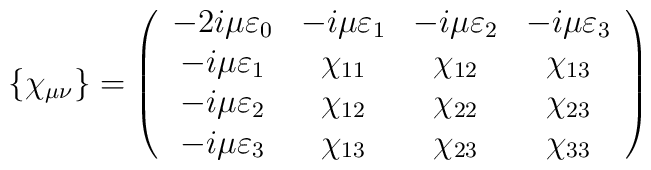
\{ \chi_{\mu \nu} \} = \left( \begin{array} {cccc}-2 i\mu\varepsilon_0 & -i\mu\varepsilon_1 & -i\mu\varepsilon_2 & -i\mu\varepsilon_3 \\-i\mu\varepsilon_1   & \chi_{11}        &   \chi_{12}      &  \chi_{13}  \\-i\mu\varepsilon_2   & \chi_{12}        &   \chi_{22}      &  \chi_{23}  \\-i\mu\varepsilon_3   & \chi_{13}        &  \chi_{23}       &  \chi_{33} \end{array} \right)